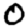
Digit: 0